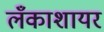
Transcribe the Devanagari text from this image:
लँकाशायर